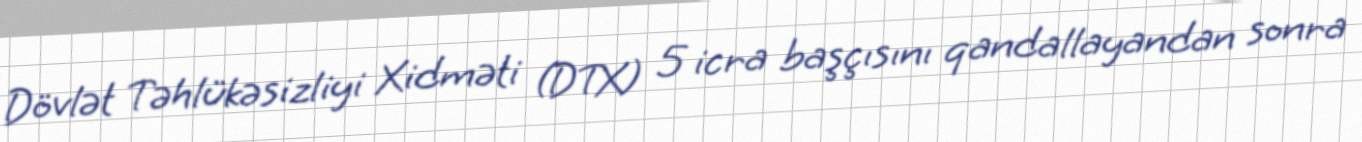
Dövlət Təhlükəsizliyi Xidməti (DTX) 5 icra başçısını qandallayandan sonra